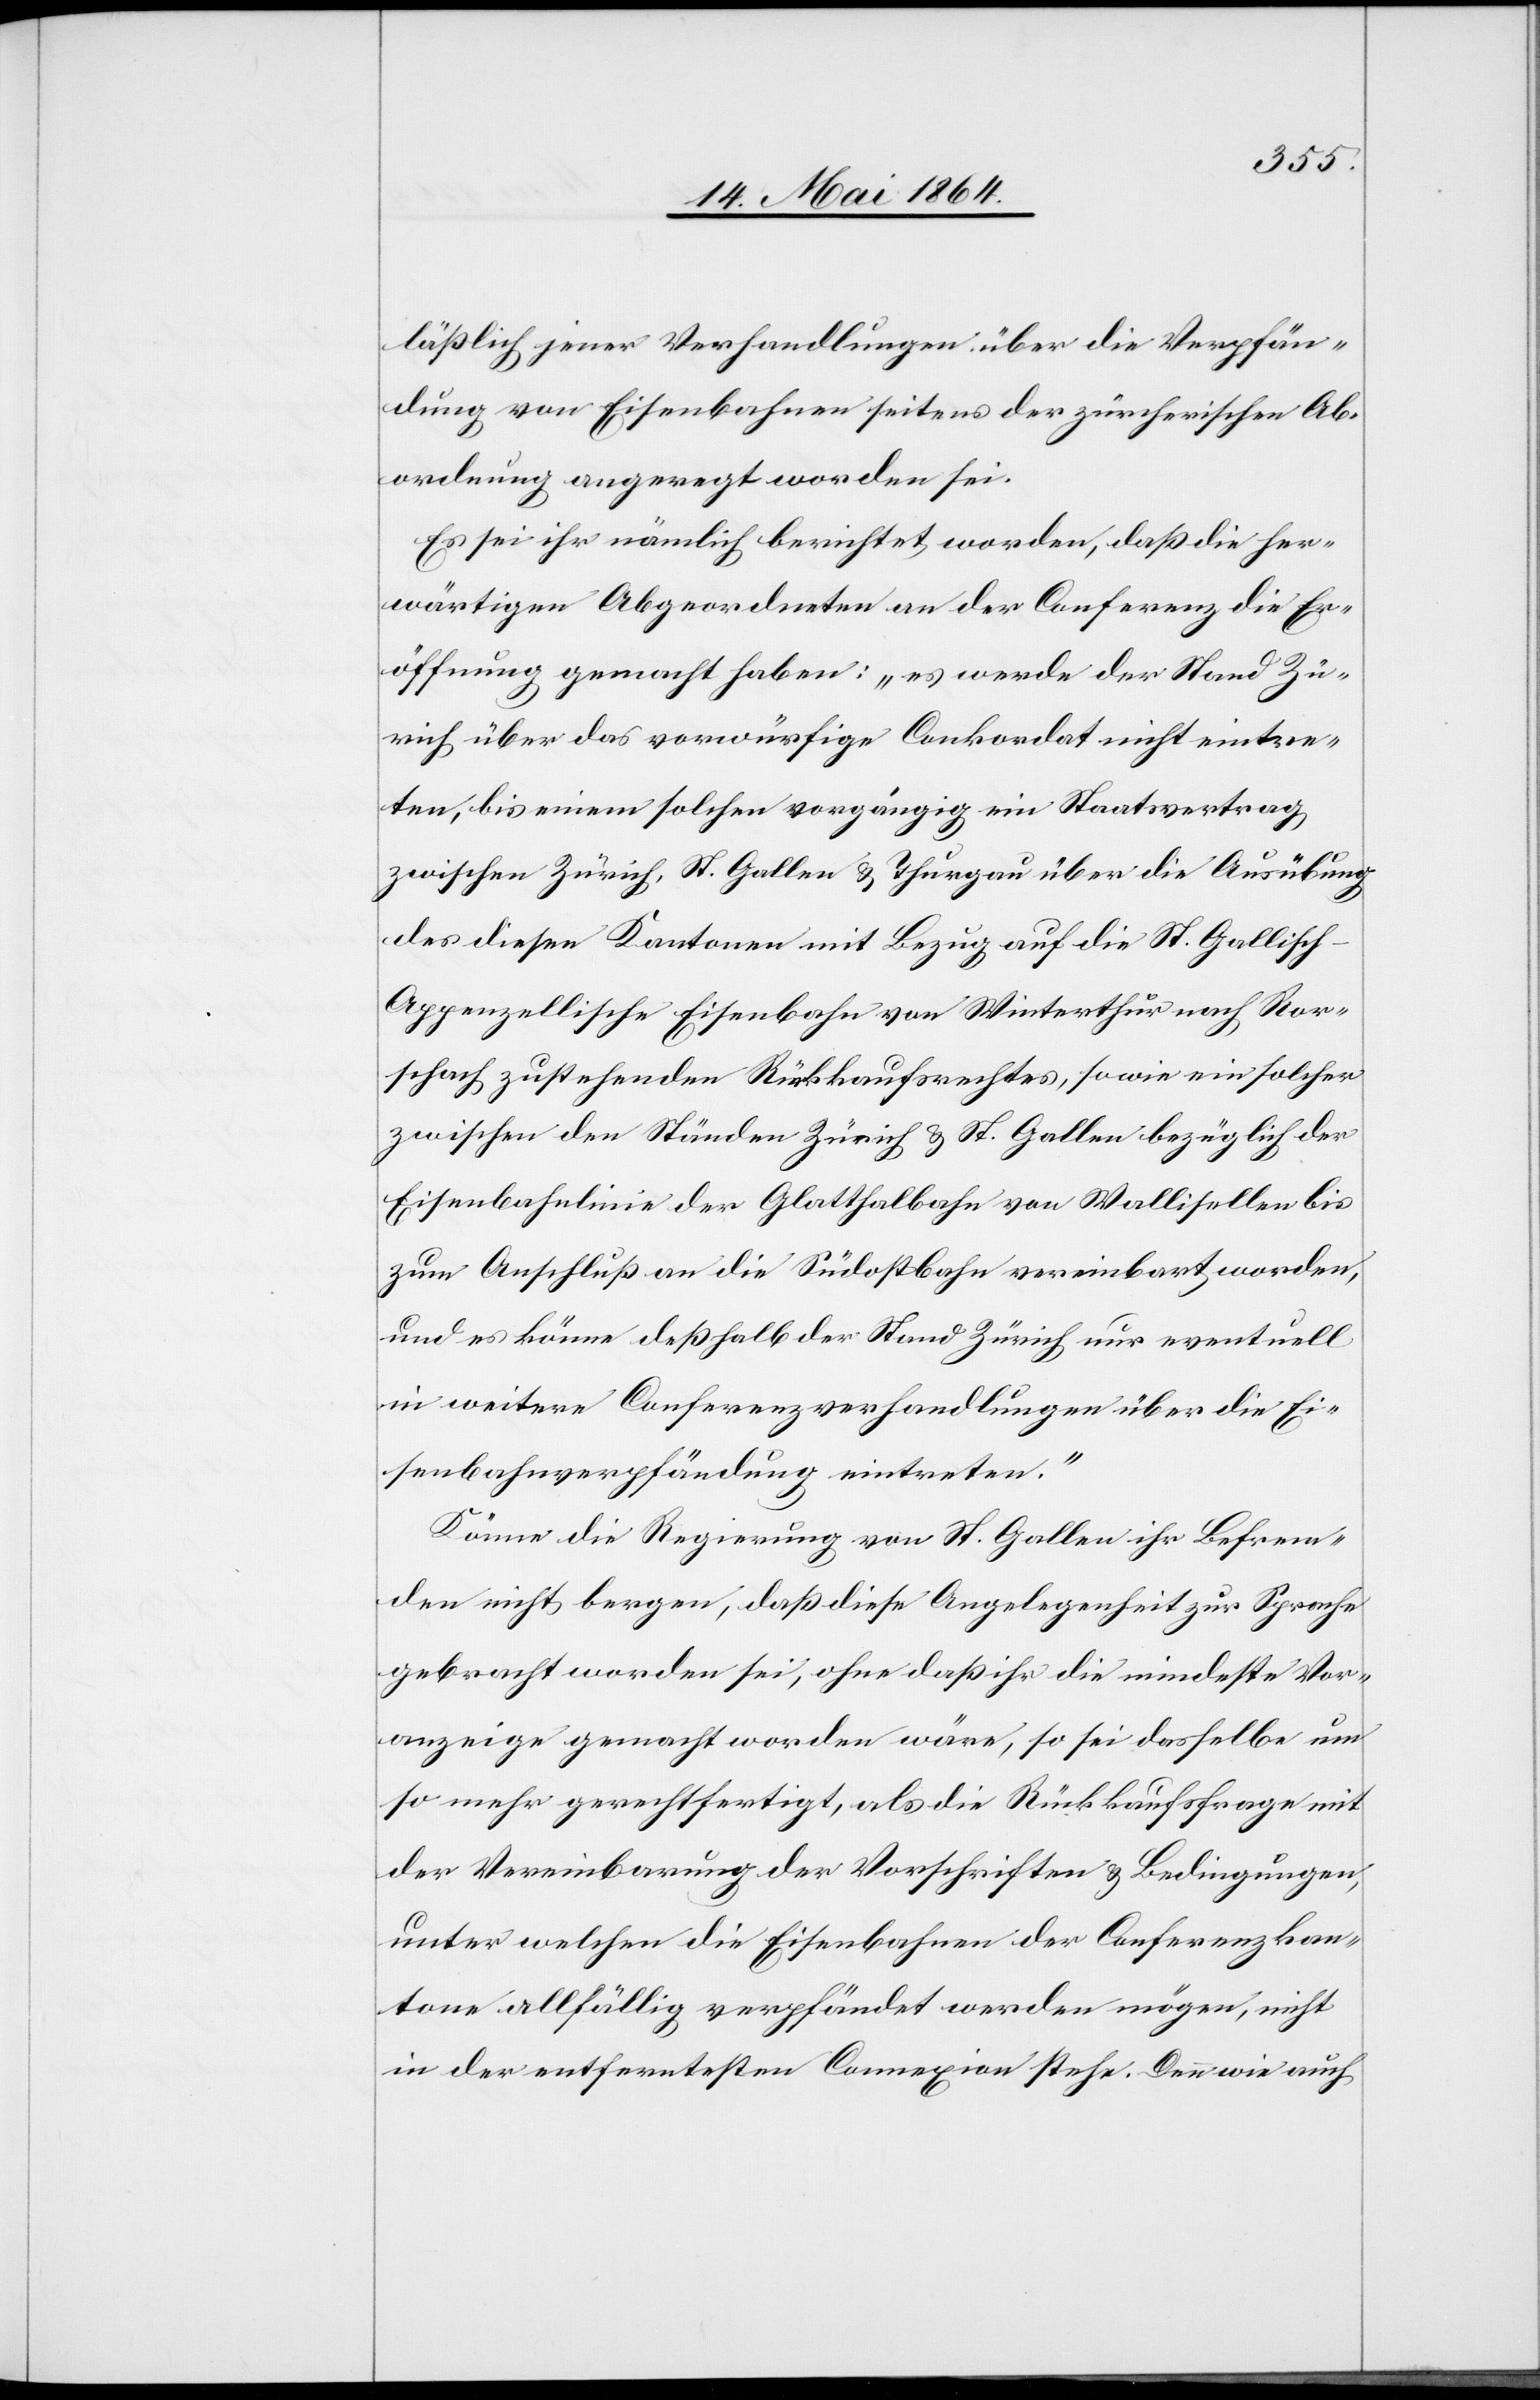
läßlich jener Verhandlungen über die Verpfän¬
dung von Eisenbahnen seitens der zürcherischen Ab¬
ordnung angeregt worden sei.
Es sei ihr nämlich berichtet worden, daß die her¬
wärtigen Abgeordneten an der Conferenz die Er¬
öffnung gemacht haben: „es werde der Stand Zü¬
rich über das vorwürfige Conkordat nicht eintre¬
ten, bis einem solchen vorgängig ein Staatsvertrag
zwischen Zürich, St. Gallen u. Thurgau über die Ausübung
des diesen Kantonen mit Bezug auf die St. Gallisch-A¬
ppenzellische Eisenbahn von Winterthur nach Ror¬
schach zustehenden Rückkaufsrechtes, sowie ein solcher
zwischen den Ständen Zürich u. St. Gallen bezüglich der
Eisenbahnlinie der Glatthalbahn von Wallisellen bis
zum Anschluß an die Südostbahn vereinbart worden,
und es könne deßhalb der Stand Zürich nur eventuell
in weitere Conferenzverhandlungen über die Ei¬
senbahnverpfändung eintreten.“
Könne die Regierung von St. Gallen ihr Befrem¬
den nicht bergen, daß diese Angelegenheit zur Sprache
gebracht worden sei, ohne daß ihr die mindeste Vor¬
anzeige gemacht worden wäre, so sei dasselbe um
so mehr gerechtfertigt, als die Rückkaufsfrage mit
der Vereinbarung der Vorschriften u. Bedingungen,
unter welchen die Eisenbahnen der Conferenzkan¬
tone allfällig verpfändet werden mögen, nicht
in der entferntesten Connexion stehe. Denn wie auch